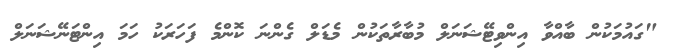
"ގައުމަކުން ބާއްވާ އިންވިޓޭޝަނަލް މުބާރާތަކުން މެޑަލް ގެންނަ ކޮންމެ ފަހަރަކު ހަމަ އިންޓަނޭޝަނަލް